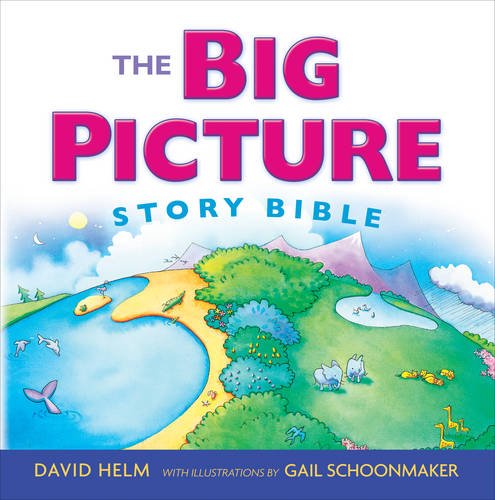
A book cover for The Big Picture Story Bible (Redesign); David R. Helm; Christian Books & Bibles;